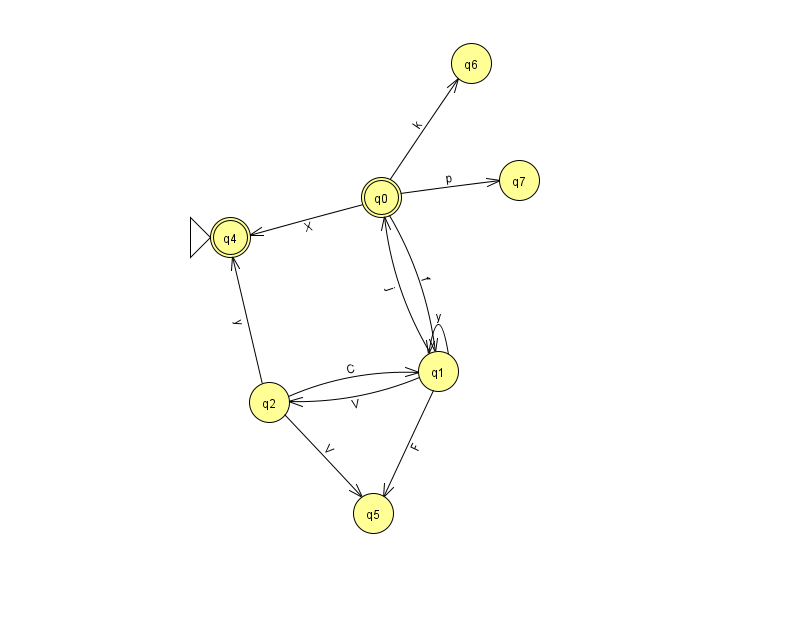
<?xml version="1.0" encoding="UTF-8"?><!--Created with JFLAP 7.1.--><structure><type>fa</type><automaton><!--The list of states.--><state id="0" name="q0"><x>381.0</x><y>184.0</y><final/></state><state id="1" name="q1"><x>438.0</x><y>358.0</y></state><state id="2" name="q2"><x>269.0</x><y>389.0</y></state><state id="4" name="q4"><x>230.0</x><y>224.0</y><initial/><final/></state><state id="5" name="q5"><x>373.0</x><y>500.0</y></state><state id="6" name="q6"><x>471.0</x><y>50.0</y></state><state id="7" name="q7"><x>519.0</x><y>167.0</y></state><!--The list of transitions.--><transition><from>0</from><to>4</to><read>X</read></transition><transition><from>1</from><to>5</to><read>F</read></transition><transition><from>2</from><to>4</to><read>y</read></transition><transition><from>0</from><to>7</to><read>p</read></transition><transition><from>1</from><to>0</to><read>j</read></transition><transition><from>2</from><to>1</to><read>C</read></transition><transition><from>2</from><to>5</to><read>V</read></transition><transition><from>1</from><to>1</to><read>y</read></transition><transition><from>0</from><to>1</to><read>f</read></transition><transition><from>0</from><to>6</to><read>k</read></transition><transition><from>1</from><to>2</to><read>V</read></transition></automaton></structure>